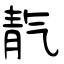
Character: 靔